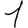
Digit: 1